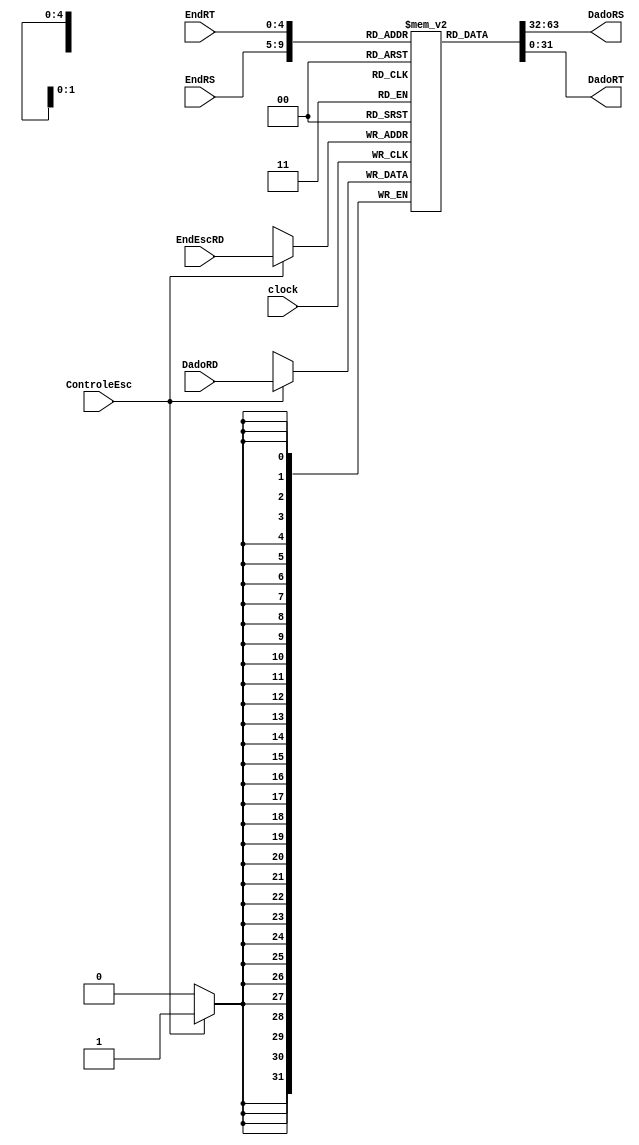
module registersfile (EndRS, EndRT, EndEscRD, DadoRD, ControleEsc, DadoRS, DadoRT, clock);
	input [4:0] EndRS, EndRT, EndEscRD; // enderecos de leitura e escrita
	input [31:0] DadoRD; // dado a ser escrito
	input ControleEsc, clock; // controle de escrita e o clock
	output [31:0] DadoRS, DadoRT; // conteudo dos registradores lidos
	reg [31:0] RF [0:31]; // 32 registradores de 32 bits
		
	integer i;

	//Todos registradores so iniciados com zero
	initial
		begin
			for(i = 0; i < 32; i = i + 1)
				RF[i] = 32'b0;
		end
		
	//DadoRS e DadoRT recebem os valores nos endereos EndRS e EndRT
	
	assign DadoRS = RF[EndRS];	//Operacao de leitura
	assign DadoRT = RF[EndRT];	//Operacao de leitura	

	// escreve o valor no registradores se Controle de Escrita  alto
	always @(negedge clock)begin
		if (ControleEsc) begin
			RF[EndEscRD] = DadoRD;
			//$display("dadors = %d\n", RF[EndEscRD]);
		end
	end
	
endmodule

/*
module simularegistersfile();
	reg [4:0] endrs, endrt, endescrd;
	reg [31:0] dadord;
	reg controleesc, clock = 0;
	wire [31:0] dadors, dadort;
	
	always #1 clock = !clock;
	
	registersfile insta(endrs, endrt, endescrd, dadord, controleesc, dadors, dadort, clock);
	
	initial begin
		$dumpfile("teste.vcd");
		$dumpvars;
		
		   endrs = 2; endrt = 3; controleesc = 0;  //ler
		#3 endrs = 5; endrt = 8; controleesc = 0;  //ler 
		#2 endescrd = 1; dadord = 80; controleesc = 1;  //gravar 80
		#2 endrs = 1; endrt = 2; controleesc = 0;  //ler
		#3 endescrd = 2; dadord = 55; controleesc = 1;  //gravar 55
		#4 endrs = 2; endrt = 3; controleesc = 0;  //ler
		#2 endrs = 1; endrt = 3; controleesc = 0;  //ler
		#3 endrs = 2; endrt = 3; endescrd = 1'bx; dadord = 1'bx; controleesc = 0;  //ler
		
		#5 $finish;
	end
endmodule
*/